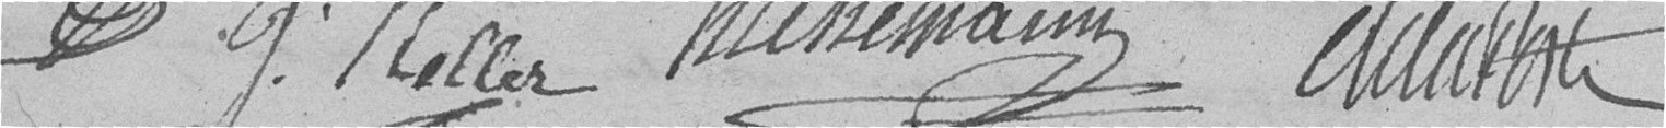
J. Peiller Hutzemann Claudon